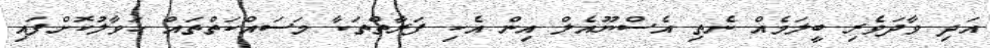
އަދި ވާދަވެރި ބީލަމެއް ނެތި އެސްޔޫއެލް އިން އެކި ފަރާތްތަކާ މަސައްކަތްތައް ހަވާލުކޮށްފައި